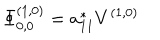
\Phi _ { 0 , 0 } ^ { ( 1 , 0 ) } = a _ { 1 1 } ^ { * } V ^ { ( 1 , 0 ) }